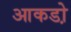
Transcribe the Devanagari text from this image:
आकडो़